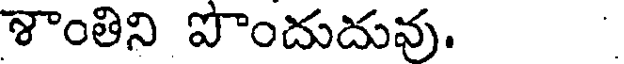
శాంతిని పొందుదువు.